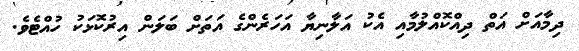
ދިމާއަށް އަތް ދިއްކޮއްލުމާއި އެކު އަލާނިޔާ އަހަރެންގެ އަތަށް ބަލަން އިރުކޮޅަކު ހުއްޓެވެ.